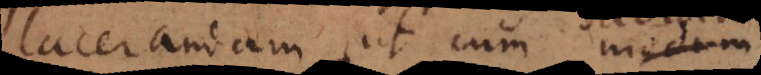
lacerandam, ut cum modum